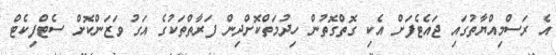
އެ ރަސްމިއްޔާތުގައި ޖައެޓެފަށް އެކި ގޮތްގޮތުން ހިދުމަތްކޮށްދިން ފަރާތްތަކުގެ އަގު ވަޒަންކޮށް ސެޓްފިކެޓް